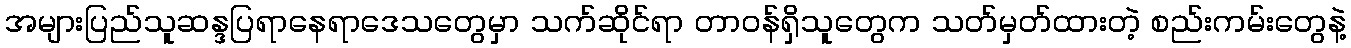
အများပြည်သူဆန္ဒပြရာနေရာဒေသတွေမှာ သက်ဆိုင်ရာ တာဝန်ရှိသူတွေက သတ်မှတ်ထားတဲ့ စည်းကမ်းတွေနဲ့